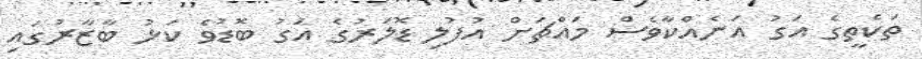
ތަކެތީގެ އަގު އަނެއްކާވެސް މައްޗަށް އުފުލި ޑޮލަރުގެ އަގު ބޮޑުވެ ކަޅު ބާޒާރުގައި